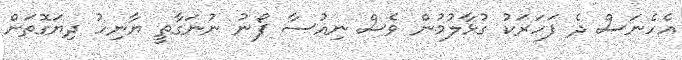
އެހެނަސް ދެ ފަހަރަކު ގުޅާލުމުން ވެސް ނިއުސާ ފޯނު ނުނަގާތީ ޔާނިހު ދިޔަގޮތަށް